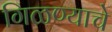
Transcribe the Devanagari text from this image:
गिळण्याचे